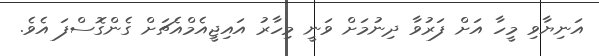
އަނިޔާވި މީހާ އަށް ފަރުވާ ދިނުމަށް ވަނީ މިހާރު އައިޖީއެމްއެޗަށް ގެންގޮސްފަ އެވެ.